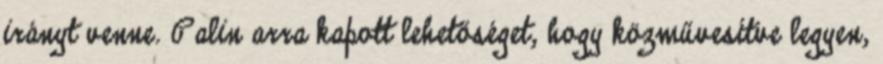
irányt venne. Palin arra kapott lehetőséget, hogy közművesítve legyen,